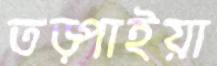
তড়্‌পাইয়া